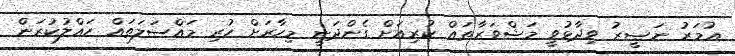
ޢުމަރު ނަޞީރު ވިދާޅުވީ މަޝްވަރާތައް ކުރިއަށް ގެންދަނީ މިހާރަށް ހުރި މައްސަލަތައް ހައްލުކުރަން